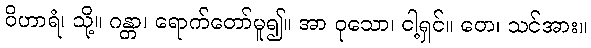
ဝိဟာရံ၊ သို့။ ဂန္တာ၊ ရောက်တော်မူ၍။ အာ ဝုသော၊ ငါ့ရှင်။ တေ၊ သင်အား။